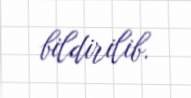
bildirilib.